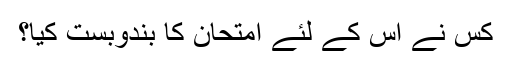
کس نے اس کے لئے امتحان کا بندوبست کیا؟